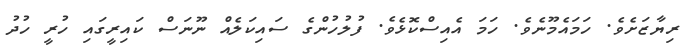
ރިޔާޒަށެވެ. ހަމައެމޫނެވެ. ހަމަ އެއިސްކޮޅެވެ. ފުލުހުންގެ ސައިކަލެއް ނޫނަސް ކައިރީގައި ހުރީ ހުދު